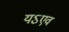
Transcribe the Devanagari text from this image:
यऽएव